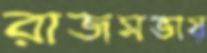
রাজসভায়